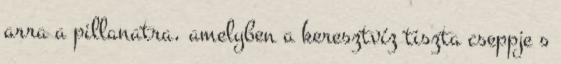
arra a pillanatra, amelyben a keresztvíz tiszta cseppje s